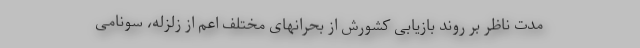
مدت ناظر بر روند بازیابی کشورش از بحرانهای مختلف اعم از زلزله، سونامی